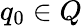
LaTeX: q_{0}\in Q